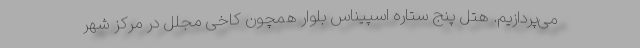
می‌پردازیم. هتل پنج ستاره اسپیناس بلوار همچون کاخی مجلل در مرکز شهر